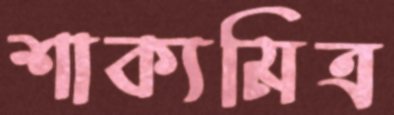
শাক্যমিত্র